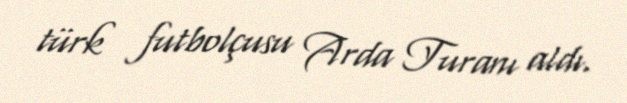
türk futbolçusu Arda Turanı aldı.